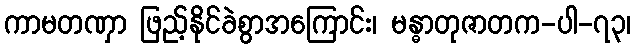
ကာမတဏှာ ဖြည့်နိုင်ခဲစွာအကြောင်း၊ မန္ဓာတုဇာတက-ပါ-၇၃၊